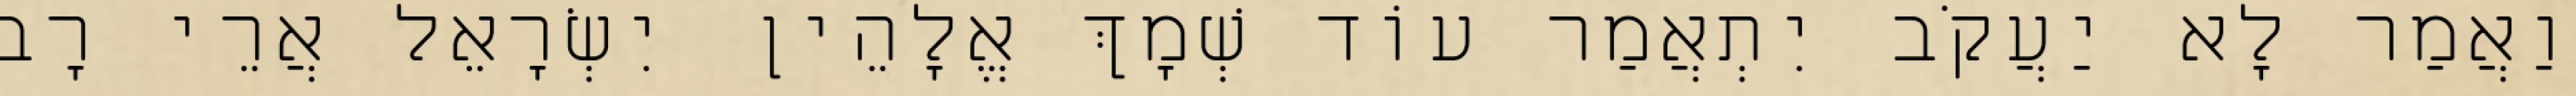
וַאֲמַר לָא יַעֲקֹב יִתְאֲמַר עוֹד שְׁמָךְ אֱלָהֵין יִשְׂרָאֵל אֲרֵי רָב